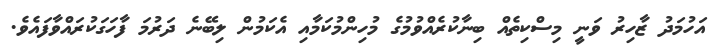
އަހުމަދު ޒާހިރު ވަނީ މިސްކިތެއް ބިނާކުރެއްވުމުގެ މުހިންމުކަމާއި އެކަމުން ލިބޭނެ ދަރުމަ ފާހަގަކުރައްވާފައެވެ.